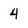
Character: 4